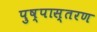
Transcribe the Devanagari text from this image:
पुष्पास्तरण